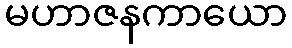
မဟာဇနကာယော